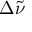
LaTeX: \Delta { \tilde { \nu } }